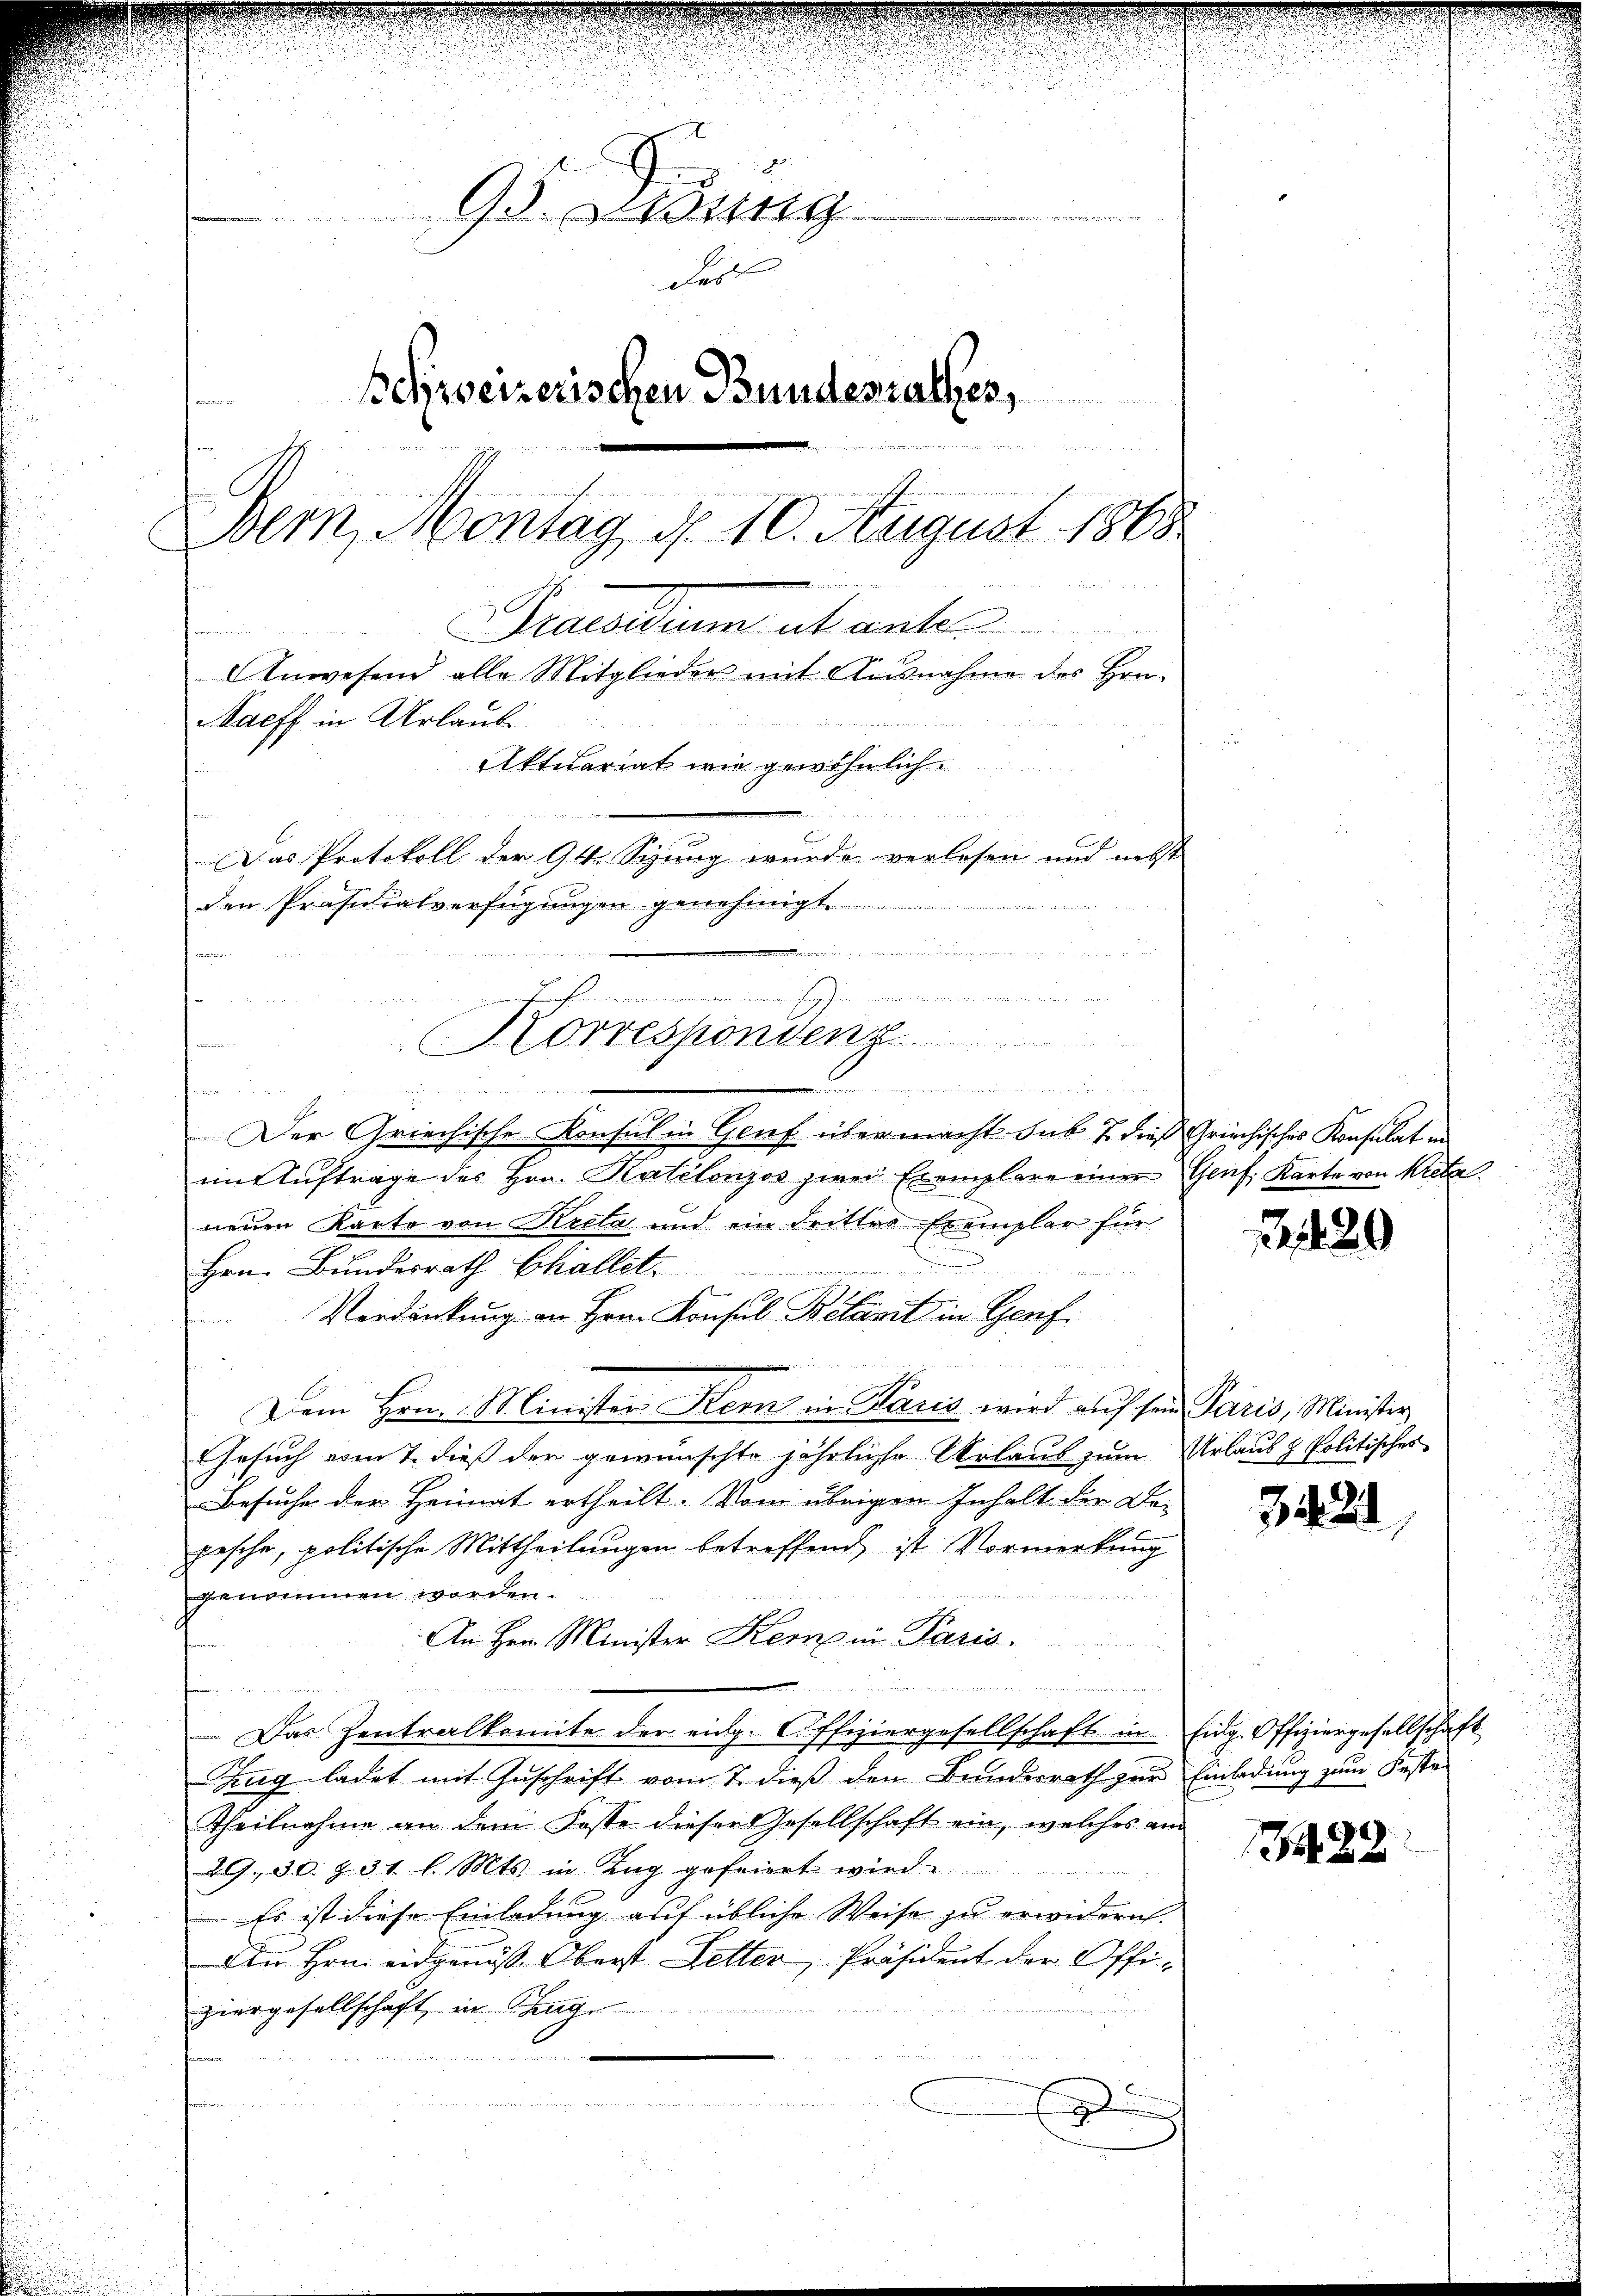
95. Dedung

Fest
Schweizerischen Bundesrathes,

Bern, Montag, d. 10. August 1868

Pesiduum abanter
Anwesend alle Mitglieder mit Ausnahme des Hrn.
Maeff in Urlaub
Aktuariat wie gewöhnlich
Das Protokoll der 94. Sizung wurde verlesen und nebst
den Präsidialverfügungen genehmigt
. canten

nrichtig an der an der andern und er
Korrespondenz.
¬

Der Griechische Konsul in Genf über macht sub 7 dieß Griechisches Konsulat in
im Auftrage des Hrn. Katelonjos zwei Exemplare einer Genf, Karte von Kreta
neuen Karte von Kreta und ein drittes Exemplar für
Hrn. Bundesrath Challet,
E
Verdankung an Hrn. Konsul Belast in Genf.
  2.
Dem Hrn. Minister Kern in Paris wird auf sein Paris, Minister
Gesuch vom 7. dieß der gewünschte jährliche Urlaub zum Urlaub & Politisches
Besuche der Heimat ertheilt. Vom übrigen Inhalt der Be-
pasche, politische Mittheilungen betreffend ist Vormerkung
genommen worden.
An Hrn. Minister Kerne in Paris.

Das Zentralkomite der eidg. Offiziergesellschaft in Eidg. Offiziergesellschaft
Zug ladet mit Zuschrift vom 7. dieß den Bundesrath zur Einladung zum Feste
Theilnahme an dem Fasse dieser Gesellschaft ein, welches am
29. 30. d. 31 l. Mts. in Zug gefeiert wird.
Es ist diese Einladung auf übliche Weise zu erwidern.
An Hrn. eidgenöss. Oberst Selter, Präsident der Offiziergesellschaft in Chud
.
r
D

429

3428

1422